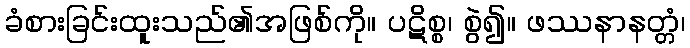
ခံစားခြင်းထူးသည်၏အဖြစ်ကို။ ပဋိစ္စ၊ စွဲ၍။ ဖဿနာနတ္တံ၊